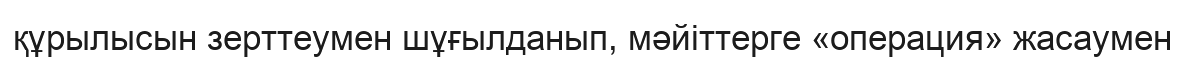
құрылысын зерттеумен шұғылданып, мәйіттерге «операция» жасаумен